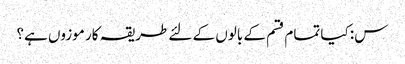
س: کیا تمام قسم کے بالوں کے لئے طریقہ کار موزوں ہے؟